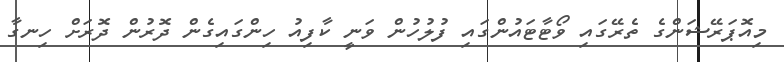
މިއޮޕަރޭޝަންގެ ތެރޭގައި ވޯޓާޓައުންގައި ފުލުހުން ވަނީ ކާފިއު ހިންގައިގެން ދޮރުން ދޮރަށް ހިނގާ